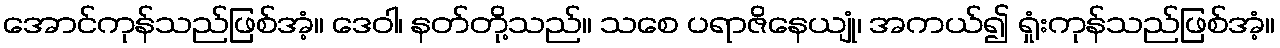
အောင်ကုန်သည်ဖြစ်အံ့။ ဒေဝါ၊ နတ်တို့သည်။ သစေ ပရာဇိနေယျုံ၊ အကယ်၍ ရှုံးကုန်သည်ဖြစ်အံ့။